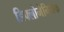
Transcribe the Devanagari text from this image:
डिफ्लोमेनियॅक